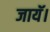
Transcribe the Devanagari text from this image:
जायॅ।